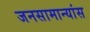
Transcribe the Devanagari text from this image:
जनसामान्यांस